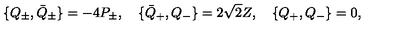
\{ Q _ { \pm } , \bar { Q } _ { \pm } \} = - 4 P _ { \pm } , \quad \{ \bar { Q } _ { + } , Q _ { - } \} = 2 \sqrt { 2 } Z , \quad \{ Q _ { + } , Q _ { - } \} = 0 ,